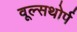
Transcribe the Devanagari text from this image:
वूल्सथोर्प